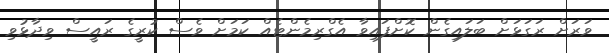
ވަރަށް ރަގަޅަށް ބަލައިގެން ކޮށްފައިވާ އެގްރިމެންޓެއް ކަމަށް ވެސް ކުރީގެ ރައީސް ވިދާޅުވި